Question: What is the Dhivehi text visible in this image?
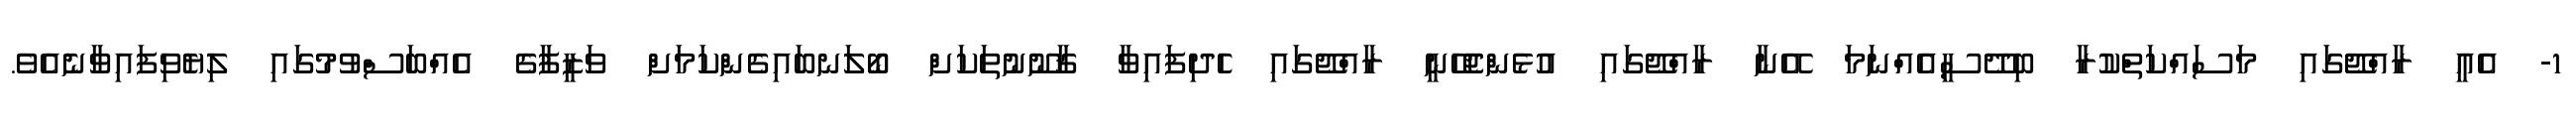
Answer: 1- އެއީ ރާއްޖޭގައި މަސައްކަތްކުރާ ބިދޭސީއެއްނަމަ އޭނާ ރާއްޖޭގައި އުޅެންޖެހޭނީ ރާއްޖޭގައި ހެދިފައިވާ ޤާނޫނުތަކަށް ބޯލަނބައިގެންކަމަށް ވަޒީފާގެ އެއްބަސްވުމުގައި ލިޔެވިފައިވާނެއެވެ.